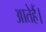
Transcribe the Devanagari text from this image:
आतेहैं।